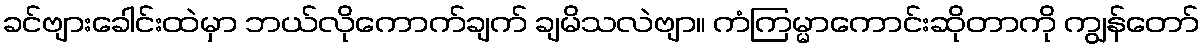
ခင်ဗျားခေါင်းထဲမှာ ဘယ်လိုကောက်ချက် ချမိသလဲဗျာ။ ကံကြမ္မာကောင်းဆိုတာကို ကျွန်တော်